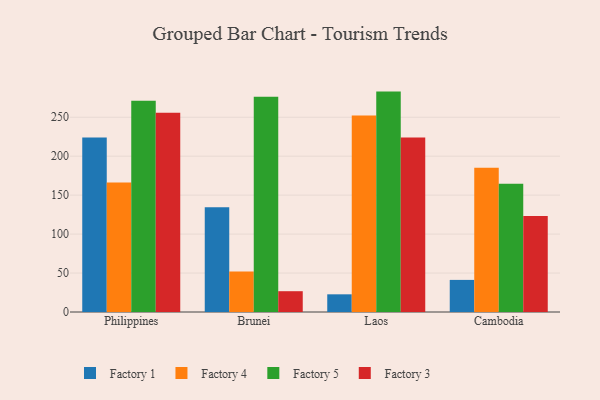
{"axis": {"x": "Country", "y": "Waste Production (Tons)"}, "legend": ["Factory 1", "Factory 3", "Factory 4", "Factory 5"], "data": [{"x": "Philippines", "y": 224.0, "type": "Factory 1"}, {"x": "Philippines", "y": 166.2, "type": "Factory 4"}, {"x": "Philippines", "y": 271.1, "type": "Factory 5"}, {"x": "Philippines", "y": 255.7, "type": "Factory 3"}, {"x": "Brunei", "y": 134.3, "type": "Factory 1"}, {"x": "Brunei", "y": 52.1, "type": "Factory 4"}, {"x": "Brunei", "y": 276.4, "type": "Factory 5"}, {"x": "Brunei", "y": 26.7, "type": "Factory 3"}, {"x": "Laos", "y": 22.7, "type": "Factory 1"}, {"x": "Laos", "y": 252.1, "type": "Factory 4"}, {"x": "Laos", "y": 282.9, "type": "Factory 5"}, {"x": "Laos", "y": 223.9, "type": "Factory 3"}, {"x": "Cambodia", "y": 41.2, "type": "Factory 1"}, {"x": "Cambodia", "y": 185.0, "type": "Factory 4"}, {"x": "Cambodia", "y": 164.6, "type": "Factory 5"}, {"x": "Cambodia", "y": 123.1, "type": "Factory 3"}]}